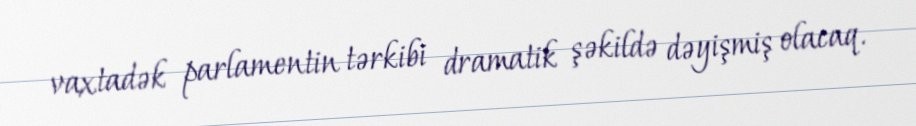
vaxtadək parlamentin tərkibi dramatik şəkildə dəyişmiş olacaq.